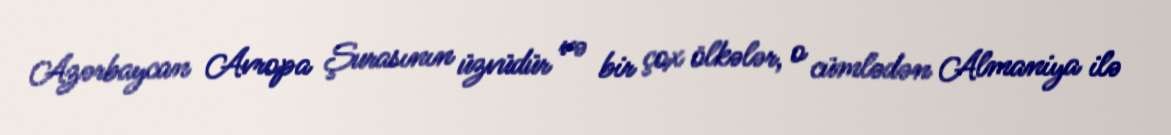
Azərbaycan Avropa Şurasının üzvüdür və bir çox ölkələr, o cümlədən Almaniya ilə